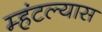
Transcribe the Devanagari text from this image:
म्हंटल्यास